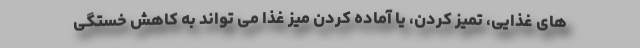
های غذایی، تمیز کردن، یا آماده کردن میز غذا می تواند به کاهش خستگی